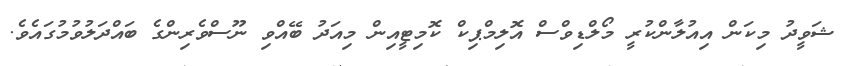
ޝަވީދު މިކަން އިއުލާންކުރީ މޯލްޑިވްސް އޮލިމްޕިކް ކޮމިޓީއިން މިއަދު ބޭއްވި ނޫސްވެރިންގެ ބައްދަލުވުމުގައެވެ.